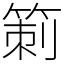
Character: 箣